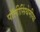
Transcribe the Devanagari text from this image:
पॉलीसिंथेमीया